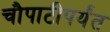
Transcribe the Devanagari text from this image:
चौपाटीपर्यंत